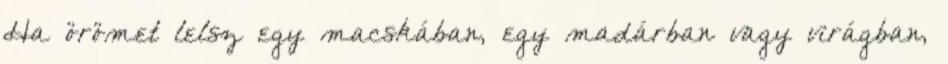
Ha örömet lelsz egy macskában, egy madárban vagy virágban,